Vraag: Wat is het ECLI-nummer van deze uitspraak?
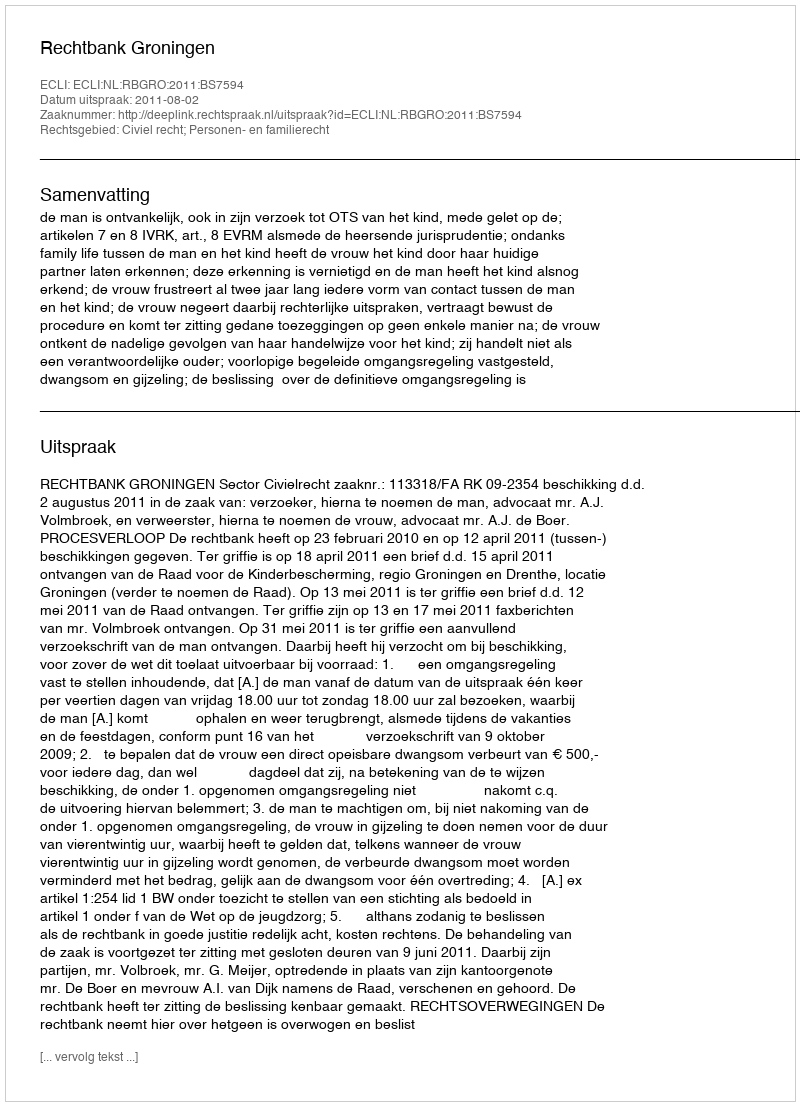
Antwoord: ECLI:NL:RBGRO:2011:BS7594